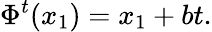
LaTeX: \Phi^{t}(x_{1})=x_{1}+bt.